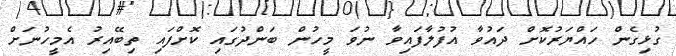
ގުޅިގެން ހައްޔަރުކޮށް ދައުވާ އުފުލާފައިވާ ނުވަ މީހުން ބަންދުގައި ކޮށްފައި ތިބޭއިރު އެމީހުނަށް